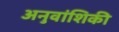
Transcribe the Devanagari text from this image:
अनुवांशिकी